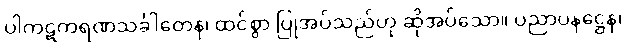
ပါကဋကရဏသင်္ခါတေန၊ ထင်စွာ ပြုအပ်သည်ဟု ဆိုအပ်သော။ ပညာပနဋ္ဌေန၊